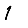
Digit: 1